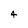
Character: 4